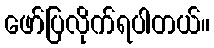
ဖော်ပြလိုက်ရပါတယ်။